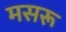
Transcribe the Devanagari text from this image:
मसरू